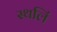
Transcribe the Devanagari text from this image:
स्थलिं